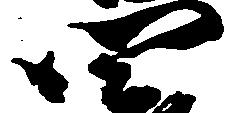
四